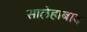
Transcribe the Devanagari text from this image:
सालेहाबाद